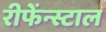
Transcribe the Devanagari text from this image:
रीफेंन्स्टाल